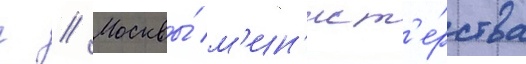
г // Москвы́ м'ин'ист'е́рства